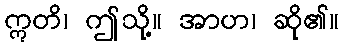
ဣတိ၊ ဤသို့။ အာဟ၊ ဆို၏။